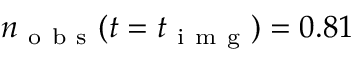
n _ { \mathrm { ~ o ~ b ~ s ~ } } ( t = t _ { \mathrm { ~ i ~ m ~ g ~ } } ) = 0 . 8 1